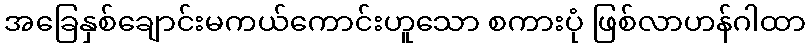
အခြေနှစ်ချောင်းမကယ်ကောင်းဟူသော စကားပုံ ဖြစ်လာဟန်ဂါထာ